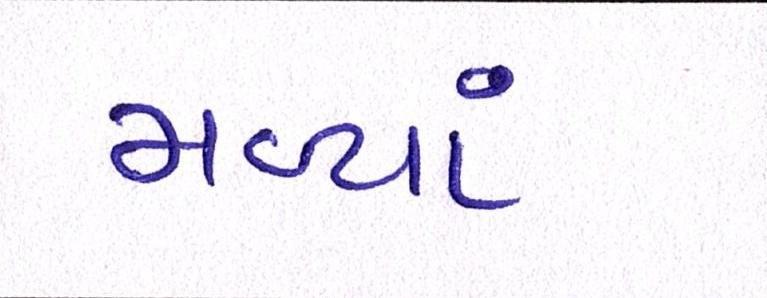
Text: મળ્યાં